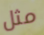
مثل